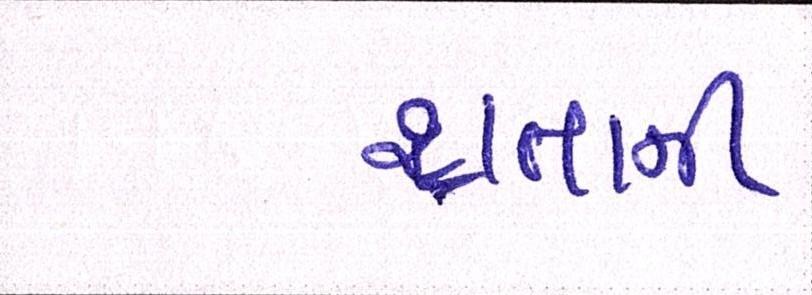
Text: થતાની